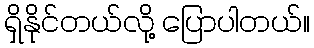
ရှိနိုင်တယ်လို့ ပြောပါတယ်။